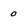
Character: 0